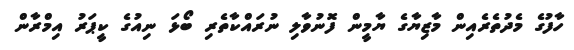
ހާފުގެ މެދުތެރެއިން މާޒިޔާގެ ޔާމީން ފޮނުވާލި ނުރައްކާތެރި ބޯޅަ ނިއުގެ ކީޕަރު އިމްރާން